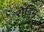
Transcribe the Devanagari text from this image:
रोडिम